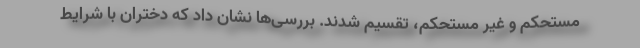
مستحکم و غیر مستحکم، تقسیم شدند. بررسی‌ها نشان داد که دختران با شرایط